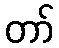
တာ်